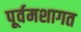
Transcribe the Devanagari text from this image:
पूर्वमशागत